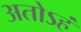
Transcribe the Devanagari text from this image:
अतोऽहं